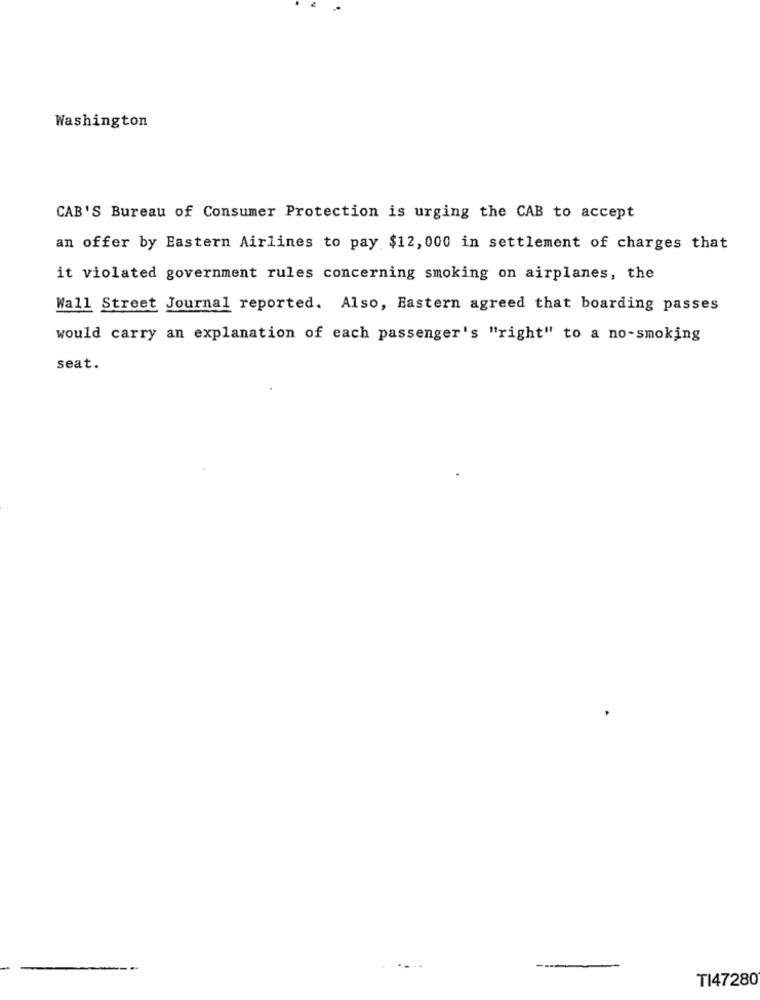
Washington
CAB'S Bureau of Consumer Protection is urging the CAB to accept
an offer by Eastern Airlines to pay $12, 000 in settlement of charges that
it violated government rules concerning smoking on airplanes, the
Wall Street Journal reported. Also, Eastern agreed that boarding passes
would carry an explanation of each passenger's "right" to a no-smoking
seat.
TI47280